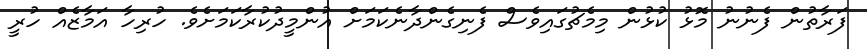
ފަރާތުން ފެނުނު މޮޅު ކުޅުން މިމެޗުގައިވެސް ފެނިގެންދާނެކަމަށް އުންމީދުކުރާކަމަށެވެ. ހުރިހާ އަމާޒެއް ހުރީ